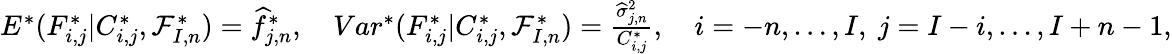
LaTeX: \begin{array}{r}{E^{*}(F_{i,j}^{*}|C_{i,j}^{*},\mathcal{F}_{I,n}^{*})=\widehat{f}_{j,n}^{*},\quad Var^{*}(F_{i,j}^{*}|C_{i,j}^{*},\mathcal{F}_{I,n}^{*})=\frac{\widehat{\sigma}_{j,n}^{2}}{C_{i,j}^{*}},\quad i=-n,\dots,I,\ j=I-i,\dots,I+n-1,}\end{array}